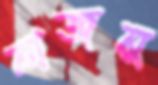
নাজনু